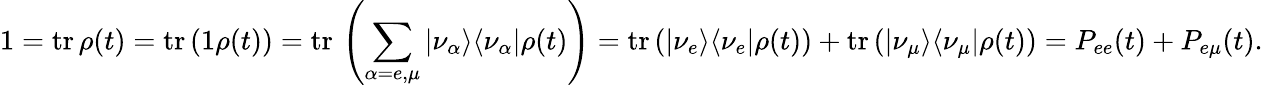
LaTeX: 1=\mathrm{tr\, }\rho(t)=\mathrm{tr\, }(1\rho(t))=\mathrm{tr\, }\left(\sum_{\alpha=e,\mu}\vert\nu_{\alpha}\rangle\langle\nu_{\alpha}\vert\rho(t)\right)=\mathrm{tr\, }(\vert\nu_{e}\rangle\langle\nu_{e}\vert\rho(t))+\mathrm{tr\, }(\vert\nu_{\mu}\rangle\langle\nu_{\mu}\vert\rho(t))=P_{ee}(t)+P_{e\mu}(t).